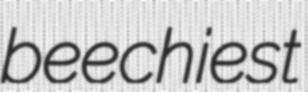
beechiest